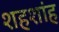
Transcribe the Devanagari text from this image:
शहशांह